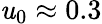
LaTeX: \mathit{u}_{0}\approx0.3